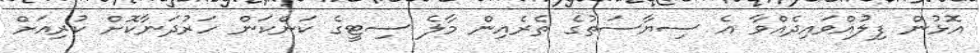
އޮޅުން ފިލުއްވައިދެއްވާ އެ ސިޔާސަތުގެ ތެރެއިން މާލެ ސިޓީގެ ކަންކަން ހަރުދަނާކޮށް ކުރިއަށް